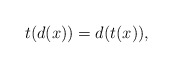
\begin{align*}t(d(x)) = d(t(x)),\end{align*}